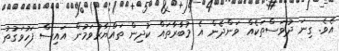
އެވެ. ގިނަ ދުވަސްތަކެއް ވަންދެން އެ މުބާރާތައް ކުދިން ތައްޔާރުވަމުން އައިސް ފަހުވަގުތު